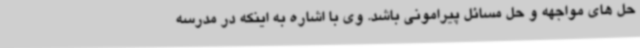
حل های مواجهه و حل مسائل پیرامونی باشد. وی با اشاره به اینکه در مدرسه